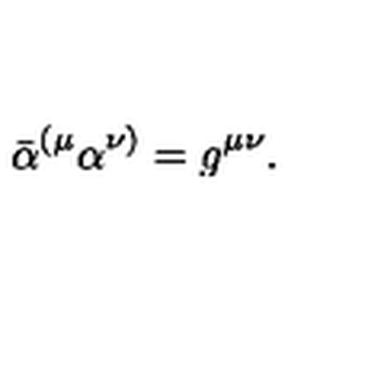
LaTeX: \bar { \alpha } ^ { ( \mu } \alpha ^ { \nu ) } = g ^ { \mu \nu } .